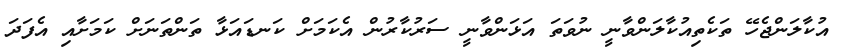
އުކާލަންޖެހޭ ތަކެތިއުކާލަންވާނީ ނުވަތަ އަޅަންވާނީ ސަރުކާރުން އެކަމަށް ކަނޑައަޅާ ތަންތަނަށް ކަމަށާއި އެފަދަ